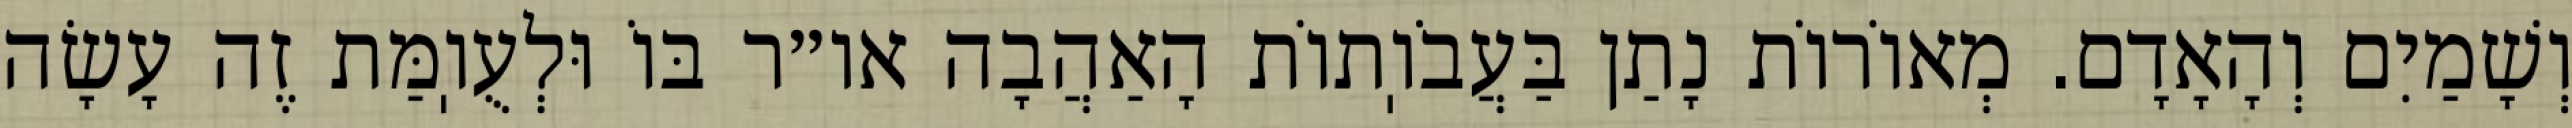
וְשָׁמַיִם וְהָאָדָם. מְאוֹרוֹת נָתַן בַּעֲבֹוֽתוֹת הָאַהֲבָה או״ר בּוֹ וּלְעֻוֽמַּת זֶה עָשָׂה